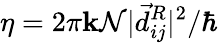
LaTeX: \eta=2\pi\mathbf{k}\mathcal{N}|\vec{{d}}_{ij}^{R}|^{2}/\hbar